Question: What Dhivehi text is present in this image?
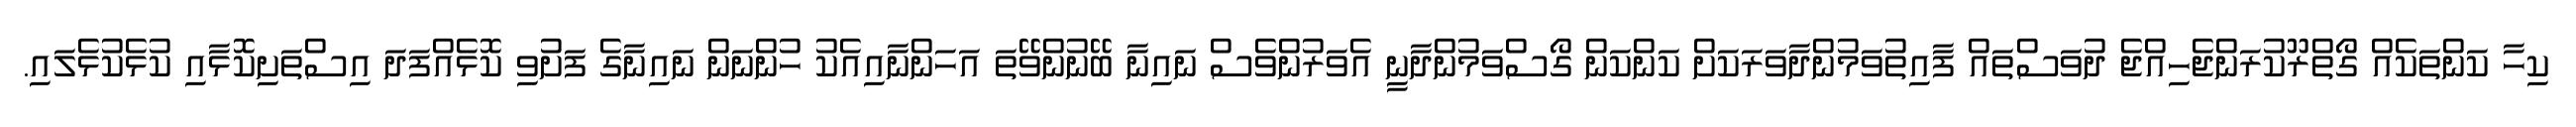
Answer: ކިހާ ކަންތަކެއް ގޯތްރޫކުރަންޖެހިއްޖެ ދުވަސްތައް ފާއިތުވަމުންދާވަރަކަށް ކަންކަން ގޯސްވަމުންދާނީ އެވަރުންވެސް ނައިނާ ބޭނުންވޭތަ އަހަންނާއިއެކު ހުންނަން ނައިނާގެ ފަށުވި ކޮޅެއްފަދަ އިސްތަށިކޮޅާއި ކުޅެކުޅެލައި.